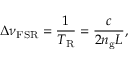
\Delta \nu _ { \mathrm { F S R } } = \frac { 1 } { T _ { \mathrm { R } } } = \frac { c } { 2 n _ { \mathrm { g } } L } ,